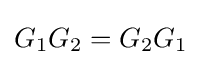
G_{1}G_{2}=G_{2}G_{1}